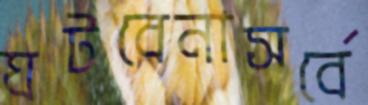
ঘটবেনাসর্বে